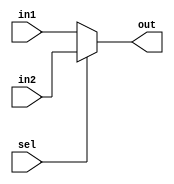
module mux2(in1,in2,sel,out);
input [15:0] in1;
input [15:0] in2;
input sel;
output [15:0] out;

assign out = sel? in2:in1 ;

endmodule